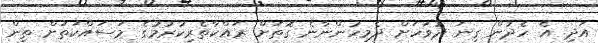
އަދި އެ ހެދުން ގިނަ ދުވަހަށް ދެމިހުންނާނެ ގޮތަށް ރައްކާތެރިކުރުމުގެ މަސައްކަތަށް ތިން